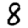
Digit: 8